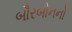
બૌરબોનનો